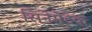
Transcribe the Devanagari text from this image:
सिनेमेटेक